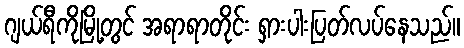
ဂျယ်ရီကိုမြို့တွင် အရာရာတိုင်း ရှားပါးပြတ်လပ်နေသည်။